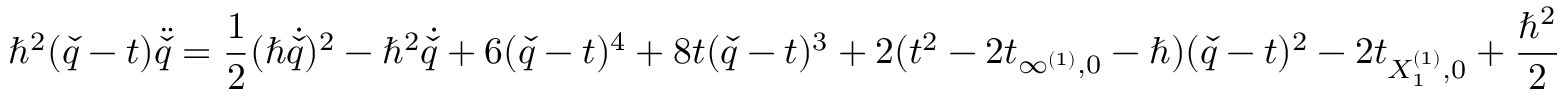
\hbar ^ { 2 } ( \check { q } - t ) \ddot { \check { q } } = \frac { 1 } { 2 } ( \hbar \dot { \check { q } } ) ^ { 2 } - \hbar ^ { 2 } \dot { \check { q } } + 6 ( \check { q } - t ) ^ { 4 } + 8 t ( \check { q } - t ) ^ { 3 } + 2 ( t ^ { 2 } - 2 t _ { \infty ^ { ( 1 ) } , 0 } - \hbar ) ( \check { q } - t ) ^ { 2 } - 2 t _ { X _ { 1 } ^ { ( 1 ) } , 0 } + \frac { \hbar ^ { 2 } } { 2 }